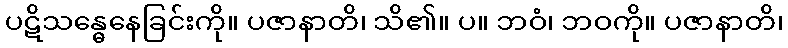
ပဋိသန္ဓေနေခြင်းကို။ ပဇာနာတိ၊ သိ၏။ ပ။ ဘဝံ၊ ဘဝကို။ ပဇာနာတိ၊